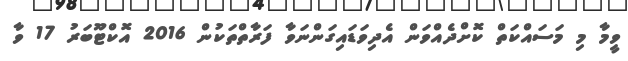
ވީމާ މި މަސައްކަތް ކޮށްދެއްވަން އެދިވަޑައިގަންނަވާ ފަރާތްތަކުން 2016 އޮކްޓޫބަރު 17 ވާ